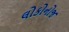
લોકોનોજ